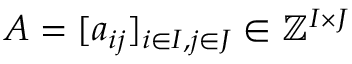
A = [ a _ { i j } ] _ { i \in I , j \in J } \in \mathbb { Z } ^ { I \times J }